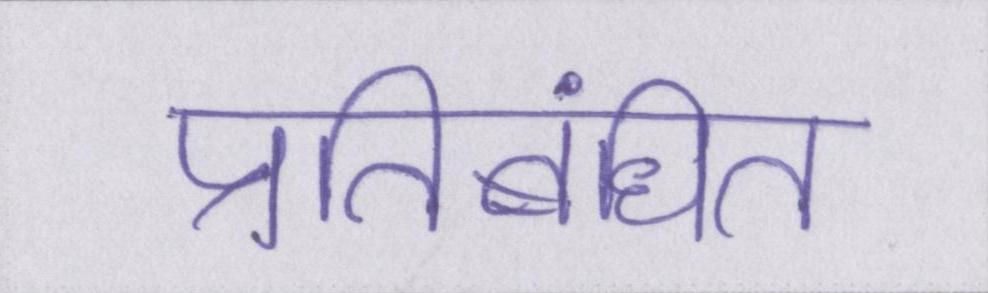
प्रतिबंधित